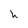
Character: h